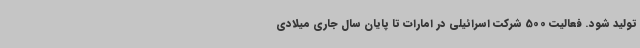
تولید شود. فعالیت 500 شرکت اسرائیلی در امارات تا پایان سال جاری میلادی